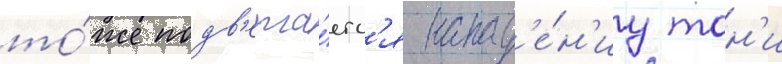
то́же подв'ерга́етс'я напад'е́н'иу тон'и